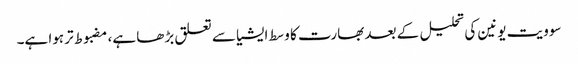
سوویت یونین کی تحلیل کے بعد بھارت کا وسط ایشیا سے تعلق بڑھا ہے، مضبوط تر ہوا ہے۔